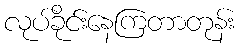
လုပ်ခိုင်းနေကြတာတုန်း